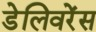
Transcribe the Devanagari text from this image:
डेलिवरेंस